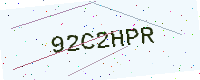
Text: 92C2HPR